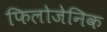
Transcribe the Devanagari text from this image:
फिलोजेनिक